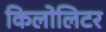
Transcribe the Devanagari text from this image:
किलोलिटर